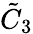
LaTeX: {\tilde{C}}_{3}